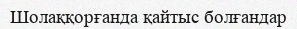
Шолаққорғанда қайтыс болғандар